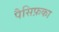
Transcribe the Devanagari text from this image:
पैसिफ़का